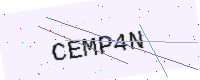
Text: CEMP4N